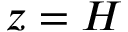
z = H